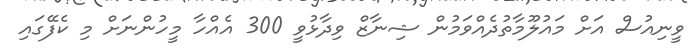
ވީނިއުސް އަށް މައުލޫމާތުދެއްވަމުން ޝިނާޒް ވިދާޅުވީ 300 އެއްހާ މީހުންނަށް މި ކެފޭގައި